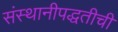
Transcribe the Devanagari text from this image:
संस्थानीपद्धतीची